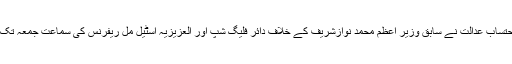
دوسری جانب احتساب عدالت نے سابق وزیر اعظم محمد نوازشریف کے خلاف دائر فلیگ شپ اور العزیزیہ اسٹیل مل ریفرنس کی سماعت جمعہ تک ملتوی کر دی ۔